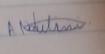
Signature authenticity: genuine